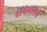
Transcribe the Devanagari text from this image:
शवशरीरं